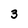
Character: 3